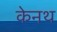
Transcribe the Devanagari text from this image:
केनथ